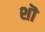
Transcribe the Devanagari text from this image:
शॊ